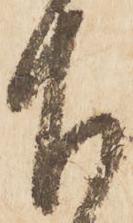
下